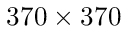
3 7 0 \times 3 7 0